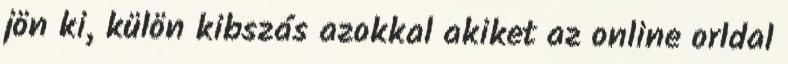
jön ki, külön kibszás azokkal akiket az online orldal